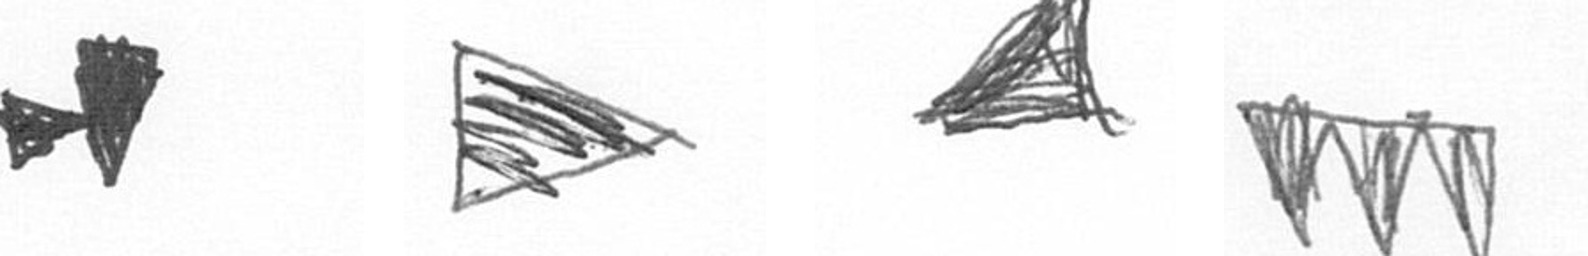
M T O L